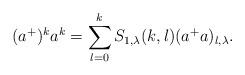
LaTeX: \begin{align*}(a^{+})^{k}a^{k}=\sum_{l=0}^{k}S_{1,\lambda}(k,l)(a^{+}a)_{l,\lambda}.\end{align*}